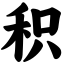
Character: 积